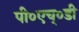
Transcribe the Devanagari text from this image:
पी०एच्०डी